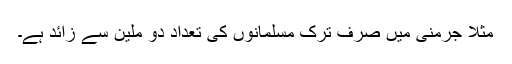
مثلاً جرمنی میں صرف ترک مسلمانوں کی تعداد دو ملین سے زائد ہے۔